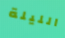
الليلة